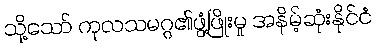
သို့သော် ကုလသမဂ္ဂ၏ဖွံ့ဖြိုးမှု အနိမ့်ဆုံးနိုင်ငံ